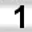
Digit: 1